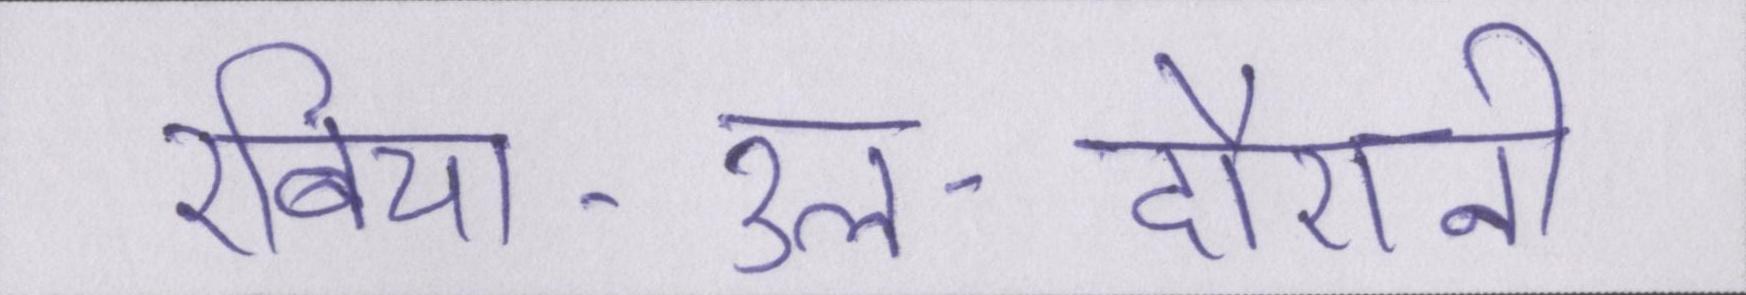
रबिया-उल-दौरानी